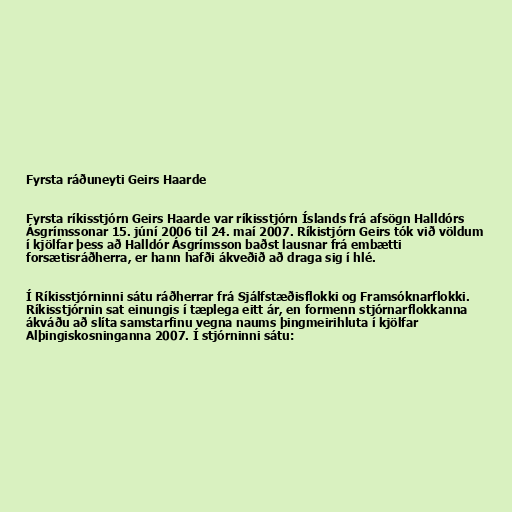
Fyrsta ráðuneyti Geirs Haarde

Fyrsta ríkisstjórn Geirs Haarde var ríkisstjórn Íslands frá afsögn Halldórs
Ásgrímssonar 15. júní 2006 til 24. maí 2007. Ríkistjórn Geirs tók við völdum
í kjölfar þess að Halldór Ásgrímsson baðst lausnar frá embætti
forsætisráðherra, er hann hafði ákveðið að draga sig í hlé.

Í Ríkisstjórninni sátu ráðherrar frá Sjálfstæðisflokki og Framsóknarflokki.
Ríkisstjórnin sat einungis í tæplega eitt ár, en formenn stjórnarflokkanna
ákváðu að slíta samstarfinu vegna naums þingmeirihluta í kjölfar
Alþingiskosninganna 2007. Í stjórninni sátu: